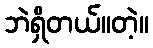
ဘဲရှိတယ်။တဲ့။